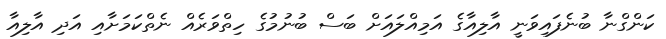
ކަންގްނާ ބުނެފައިވަނީ އާލިއާގެ އަމިއްލައަށް ބަސް ބުނުމުގެ ހިތްވަރެއް ނެތްކަމަށާއި އަދި އާލިއާ